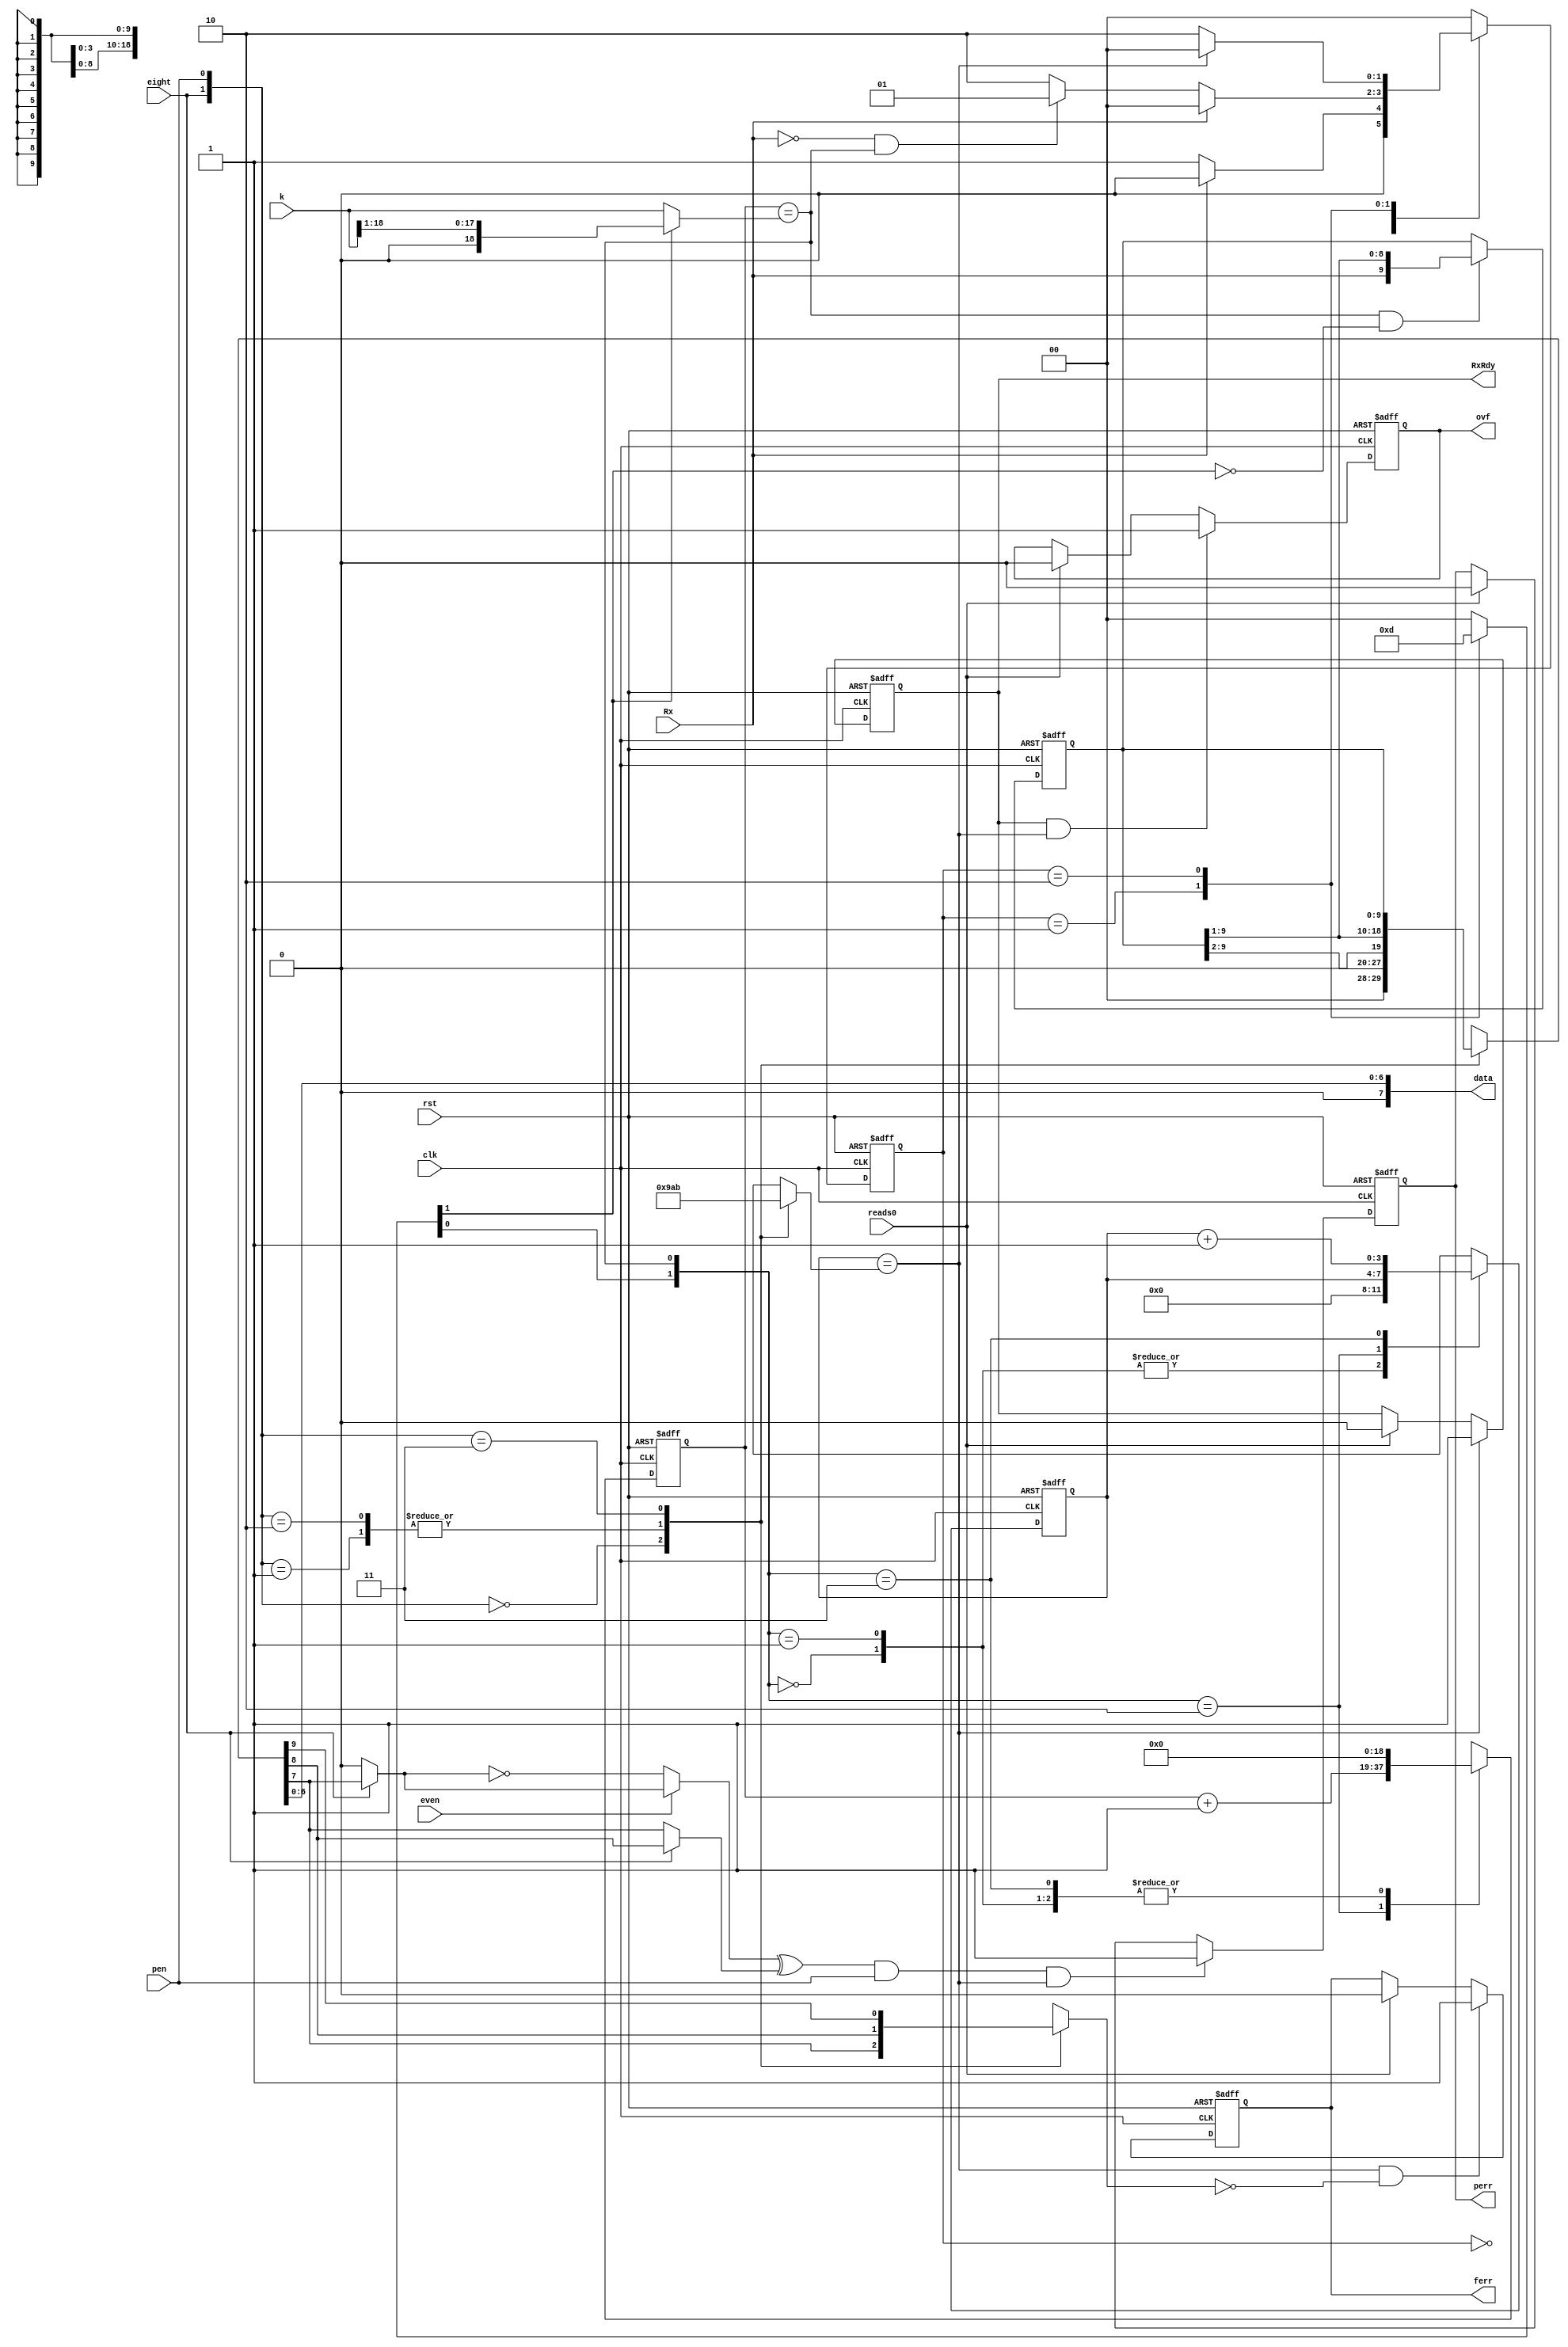
`timescale 1ns / 1ps
////////////////////////////////////////////////////////////////////////////////////
// This document contains information prorietary to the CSULB student that created
// the file -  any reuse without adequate approval and documentation is prohibited
//
// Project: Project 4 FullUART with the Tramelblaze
// Created by <Aaron Mai> on <November 11, 2020>
// Copright @ 2020 <Aaron Mai>. All rights reserved
//
//In submitting this file for class work at CSULB I am confirming 
// that this is my work product.  In the event other code sources are
// utilized I will document that code identifying the author. In  
// submitting this work I acknowledge that plagiarism in student  
// project work is subject to dismissal from the class.

/////////////////////////////////////////////////////////////////////////////////// 



module receiveEngine(clk, rst, Rx, eight, pen, reads0, even, k,RxRdy, perr, ferr, ovf, data);


    input clk, rst, Rx, eight, pen, reads0, even;
    input [18:0] k;
    output reg RxRdy, perr, ferr, ovf;
    output [7:0] data;
    
    wire btu, done, shift, overflow, stop_bit, parity;
    reg start, doit, parity_gen, parity_gen_sel, parity_bit_sel,stop_bit_sel;
    reg [1:0] pstate, nstate;
    reg [3:0] bit_count, bit_counter, bits; // bit counter
    reg [9:0] shift_out, combo_out;
    reg [18:0] bit_time_count, bit_time_counter, bit_time;//bit-time counter
    
    
    // State Machine
    always @ (posedge clk, posedge rst)
     begin
        if (rst)
          pstate <= 2'b00;
        else 
          pstate <= nstate;
      end
      
      always @ (*)
        begin
         case (pstate)
            //state 0
            0: begin
              {start, doit} = 2'b00;
              //nstate = Rx ? 2'b00 : 2'b01; //if ~Rx go next
              if(Rx)
               nstate = 0;
              else
               nstate = 1;
              end
              
            //state 1
              1: begin
              {start, doit} = 2'b11;
             //nstate = Rx ? 2'b00: btu ? 2'b10 : 2'b01; //if ~Rx & Btu go next
              if (Rx)
                nstate = 0;else
              if (~Rx && btu)
                nstate = 1;
              else
                nstate = 2; 
              end
              
             //state 2
              2: begin 
                 {start, doit} = 2'b01;
                 //nstate = done ? 2'b00 : 2'b01; //if done go next   
                 if (done)
                   nstate = 0;
                 else
                    nstate = 2;
                 end
                 
                //default state 0 
                default: begin    
                    {start, doit} = 2'b00;
                    nstate = 2'b00;
                    end
           endcase    
         end
         
//Bit Time Counter k select   
 always @ (*)
   begin  
     if (start)  
       bit_time = k >> 1;//divide k in half
     else  
       bit_time = k; //else default baud
     end  
     
  //Bit Time Counter
  
  assign btu = (bit_time_count == bit_time);
  assign shift = btu & ~start;
  
  always @(posedge clk, posedge rst)
   begin
        if(rst)
           bit_time_count <= 0;
        else
           bit_time_count <= bit_time_counter;
   end  
    always @(*)
      begin
        case ({doit,btu})
        
         0: bit_time_counter = 0;
         1: bit_time_counter = 0;
         2: bit_time_counter = bit_time_count + 1;
         3: bit_time_counter = 0;
       endcase  
     end           
    
    //Bit Counter Number of Bits
    
    always @ (*)
        begin
            case ({eight,pen})
                0: bits = 9;
                1: bits = 10;
                2: bits = 10;
                3: bits = 11;
                default: bits = 9;
             endcase
          end   
          
          
 //Bit Counter         
 assign done = (bit_count == bits);    
 always @(posedge clk, posedge rst)
    begin
        if(rst)
            bit_count <= 0;
        else
            bit_count <= bit_counter;
            
     end
     
 always @(*)    
    begin       
        case ({doit,btu})
            0: bit_counter = 0;
            1: bit_counter = 0;
            2: bit_counter = bit_count;
            3: bit_counter = bit_count + 1;    
        endcase
    end
    
 // Shift Register   
 always @(posedge clk, posedge rst)
    begin
        if (rst)
            shift_out <= 10'b0; else
        if (shift)
            shift_out <= {Rx, shift_out[9:1]};
        else
            shift_out <= shift_out;
        end
        
 // Remap Combo       
always @(*) 
    begin
       case ({eight, pen}) 
        0: combo_out = shift_out >> 2; //7N1
        1: combo_out = shift_out >> 1; //7P1
        2: combo_out = shift_out >> 1; //8N1
        3: combo_out = shift_out; //8P1
       endcase  
     end
     
 assign data = combo_out [6:0]; //output to the TB
        
// Parity Gen Select
        
 always @(*)
    begin
        if (eight)
          parity_gen_sel = combo_out[7]; 
        else
          parity_gen_sel = 0;
     end
     
// Parity Bit Select
 always @(*)
    begin
       if (eight) 
            parity_bit_sel = combo_out[8];
       else
            parity_bit_sel = combo_out[7];
       end
       
// Stop Bit Select
  always @(*)     
    begin
        case ({eight, pen})
            0: stop_bit_sel = combo_out[7];
            1: stop_bit_sel = combo_out[8];
            2: stop_bit_sel = combo_out[8];
            3: stop_bit_sel = combo_out[9]; 
        endcase
     end               
                                       
                      
 // RxRdy RS Flop   
 always @(posedge clk, posedge rst)
    begin
       if(rst)     
            RxRdy <= 0;else
       if(done)
            RxRdy <= 1;else
       if(reads0)
            RxRdy <= 0;
       else
            RxRdy <= RxRdy;
     end
     
// Parity Error RS Flop
 always @(*)
    begin
        if (even)
            parity_gen = parity_gen_sel;
        else    
            parity_gen = ~parity_gen_sel;
    end
    
 assign parity = (parity_gen ^ parity_bit_sel) & pen & done;       
    
 always @ (posedge clk, posedge rst)  
    begin
         if (rst) 
            perr <= 0; else
         if (parity)
             perr <= 1; else
         if (reads0)
             perr <= 0;
         else   
             perr <= perr;
     end     
                   
 // Framing Error RS Flop     
 assign stop_bit = done & ~stop_bit_sel;
 
 always @ (posedge clk, posedge rst)
    begin    
          if (rst)
            ferr <= 0; else
          if (stop_bit)
            ferr <= 1; else  
          if (reads0)
            ferr <= 0;    
          else
            ferr <= ferr;
     end       
          
  // Overflow Error RS Flop        
  assign overflow = RxRdy & done;
  
  always @ (posedge clk, posedge rst)
    begin
        if (rst)
            ovf <= 0; else
        if (overflow)
            ovf <= 1; else
        if (reads0)
            ovf <= 0;
        else      
            ovf <= ovf;
     end
     
                   
         
endmodule